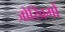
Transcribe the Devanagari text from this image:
जोखिमों